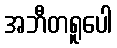
အဘီတရူပေါ